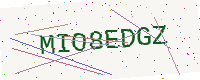
Text: MIO8EDGZ